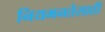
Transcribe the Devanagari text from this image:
नियमनतेसाठी